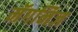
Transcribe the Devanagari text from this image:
मॅगनिज